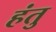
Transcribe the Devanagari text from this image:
हंतु